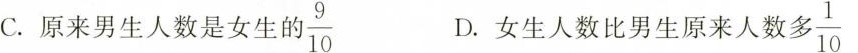
C.原来男生人数是女生的 \frac{9}{10} D.女生人数比男生原来人数 \frac{1}{10}